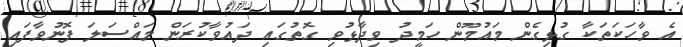
އެ ވާހަކަތަކާ ގުޅިގެން މައުމޫން ހަމީދު ވިދާޅުވި ގޮތުގައި ދައުވާކުރަން މައްސަލަ ފޮނުވާފައި